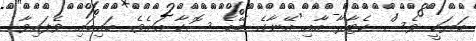
ބަޔަކީ ވެސް ކެޓާރާ އާއި އޭނާގެ ބޭބެ ސޮކާ އަށެވެ. ބައިބައި ވެފައިވާ